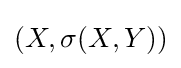
(X,\sigma (X,Y))